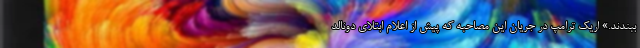
ببندند.» اریک ترامپ در جریان این مصاحبه که پیش از اعلام ابتلای دونالد